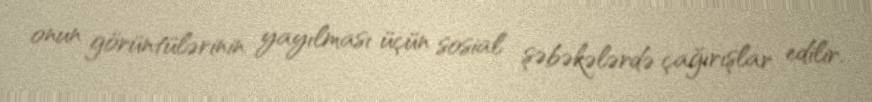
onun görüntülərinin yayılması üçün sosial şəbəkələrdə çağırışlar edilir.